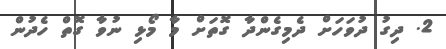
2. ދިގު ދުވަހަށް ދެމިގެންދާ ގޮތަށް މާ މޯޅި ނުވާ ގޮތް ހެދުން